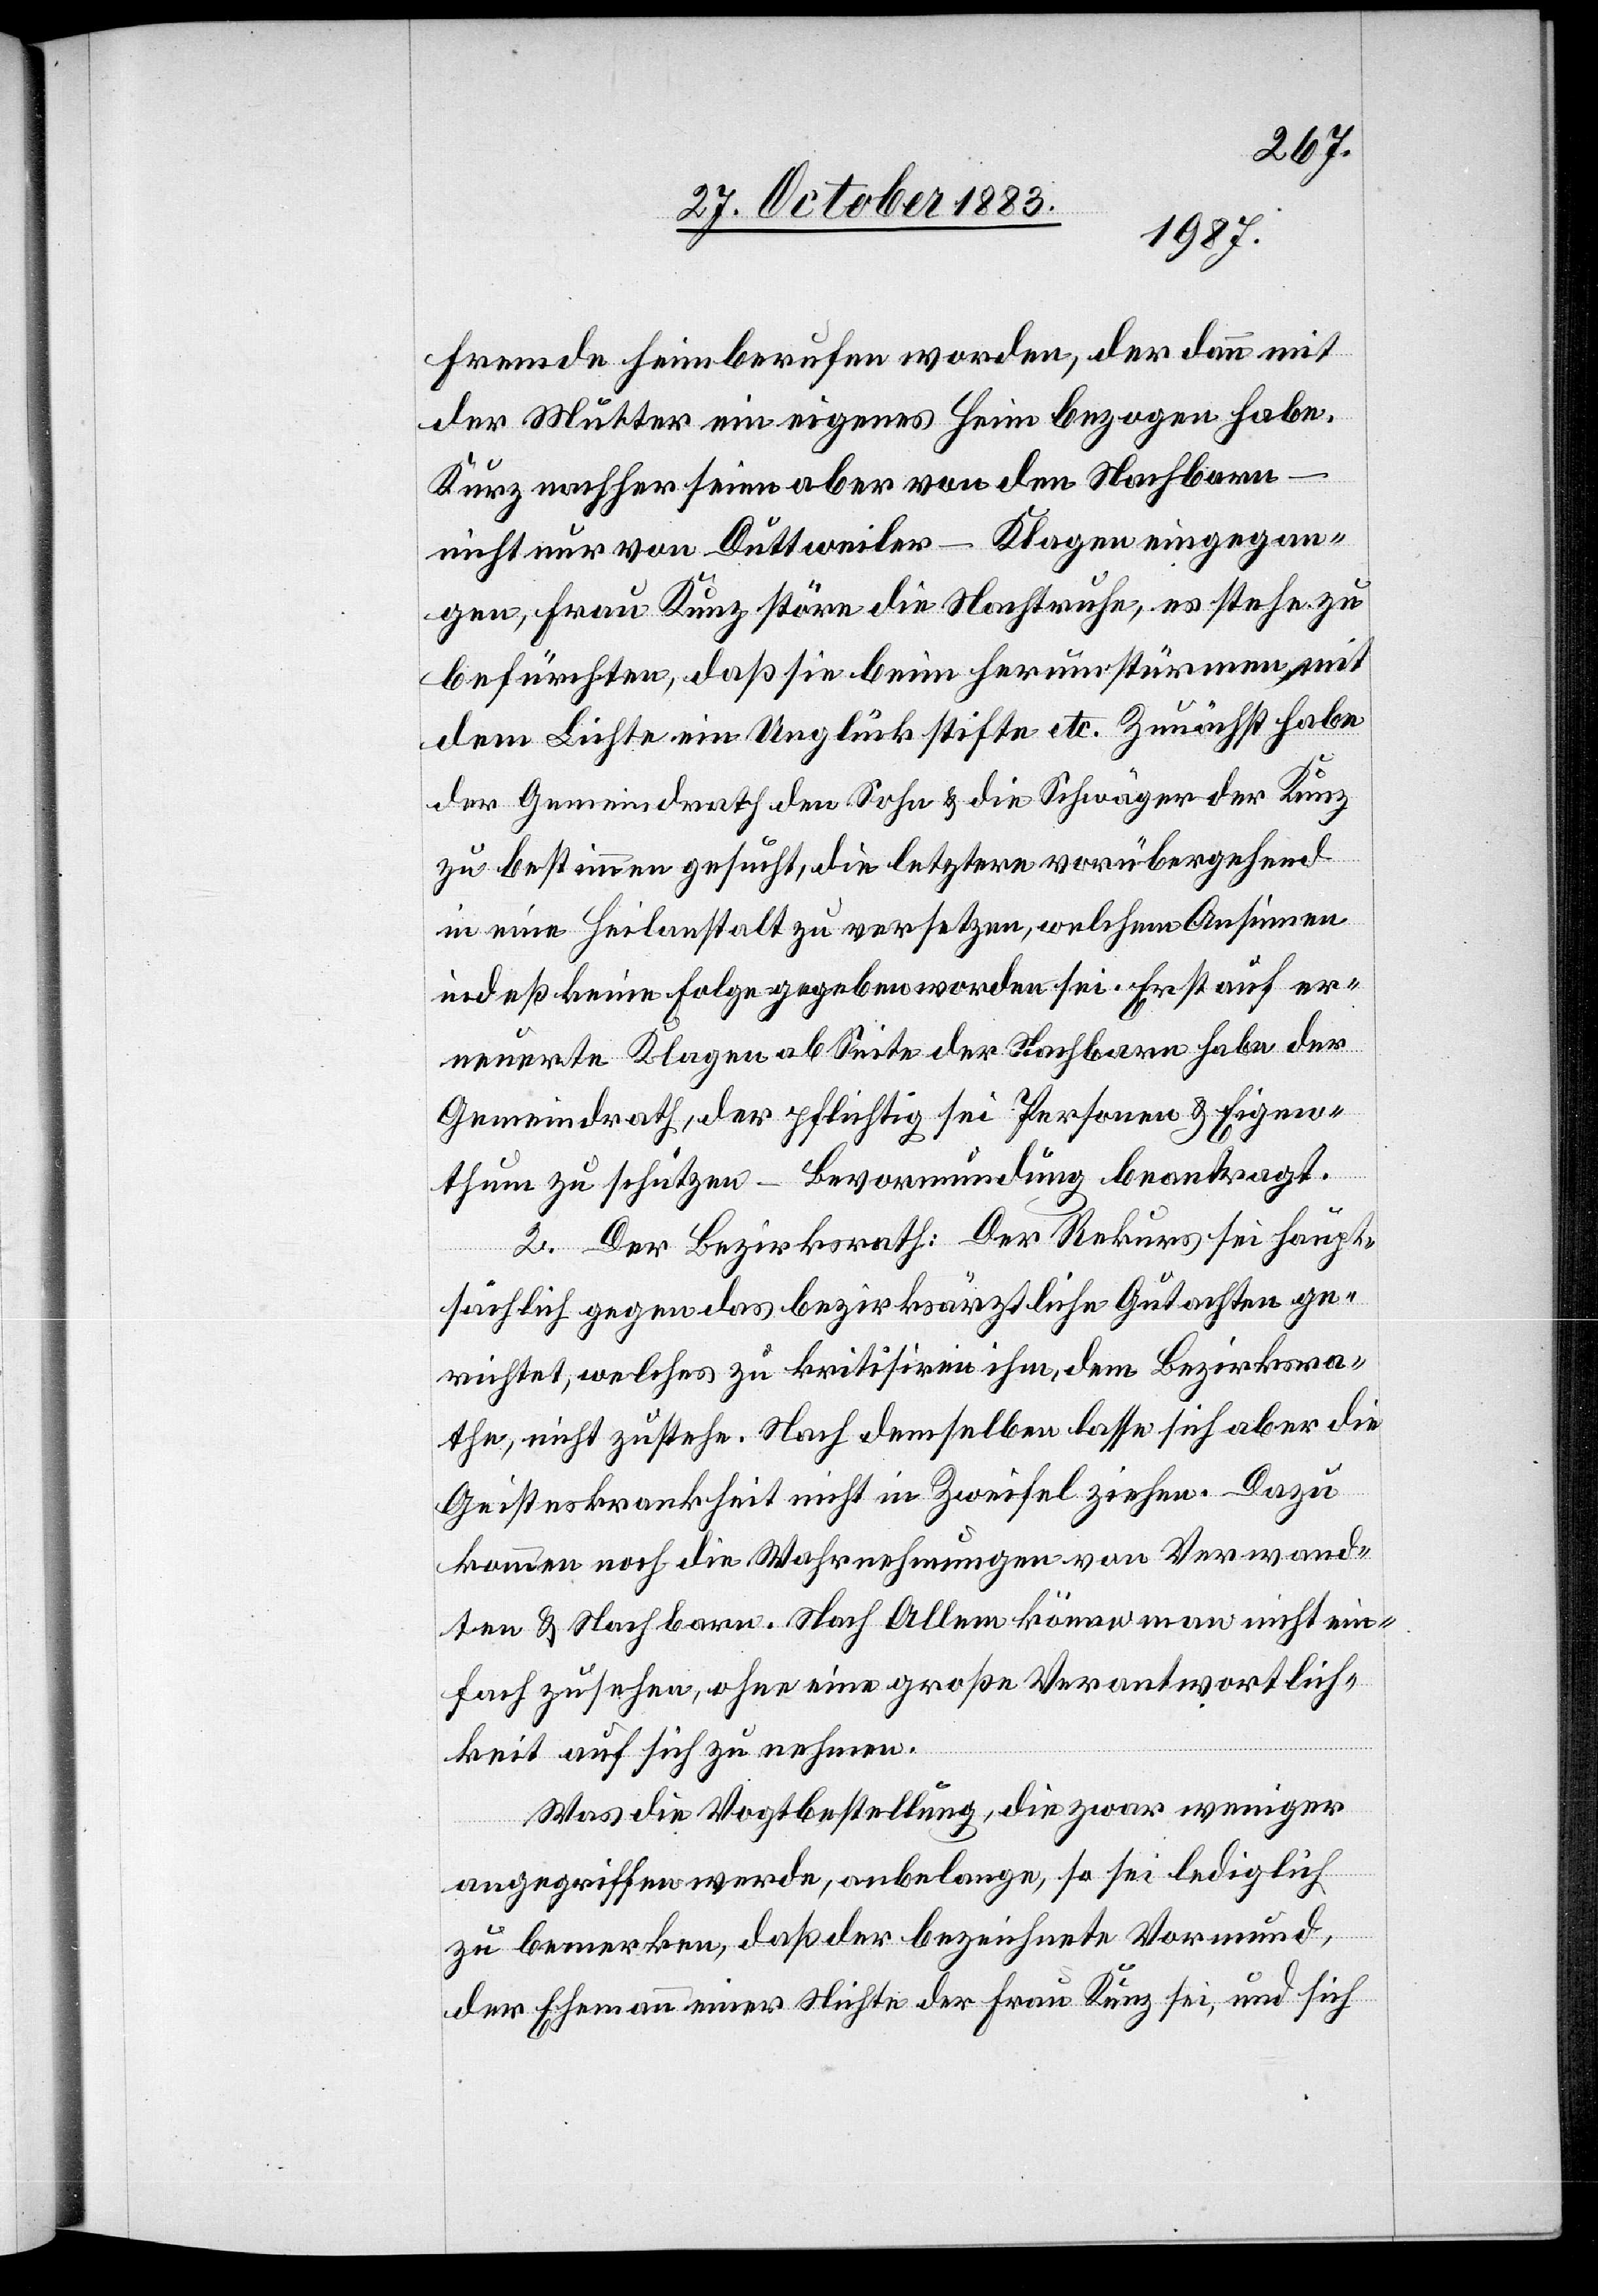
Fremde heimberufen worden, der dann mit
der Mutter ein eigenes Heim bezogen habe.
Kurz nachher seien aber von den Nachbarn
nicht nur von Duttweiler – Klagen eingegan¬
gen, Frau Kunz störe die Nachtruhe, es stehe zu
befürchten, daß sie beim Herumstürmen mit
dem Lichte ein Unglück stifte etc. zunächst habe
der Gemeindrath den Sohn & die Schwäger der Kunz
zu bestimmen gesucht, die letztere vorübergehend
in eine Heilanstalt zu versetzen, welchem Ansinnen
indeß keine Folge gegeben worden sei. Erst auf er¬
neuerte Klagen ab Seite der Nachbarn habe der
Gemeindrath, der pflichtig sei Personen & Eigen¬
thum zu schützen – Bevormundung beantragt.
2. Der Bezirksrath: Der Rekurs sei haupt¬
sächlich gegen das bezirksärztliche Gutachten ge¬
richtet, welches zu kritisiren ihm, dem Bezirksra¬
the, nicht zustehe. Nach demselben lasse sich aber die
Geisteskrankheit nicht in Zweifel ziehen. Dazu
kommen noch die Wahrnehmungen von Verwand¬
ten & Nachbarn. Nach Allem könne man nicht ein¬
fach zusehen, ohne eine große Verantwortlich¬
keit auf sich zu nehmen.
Was die Vogtbestellung, die zwar weniger
aufgegriffen werde, anbelange, so sei lediglich
zu bemerken, daß der bezeichnete Vormund,
der Ehemann einer Nichte der Frau Kunz sei, und sich